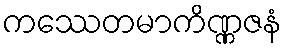
ကဿေတမာကိဏ္ဏဇနံ